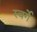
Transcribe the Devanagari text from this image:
स्वर्गे